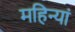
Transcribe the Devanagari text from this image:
महिन्यां